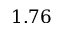
1 . 7 6